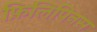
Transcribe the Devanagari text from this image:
फ़िलिपिनस